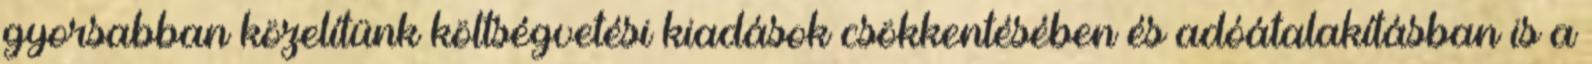
gyorsabban közelítünk költségvetési kiadások csökkentésében és adóátalakításban is a